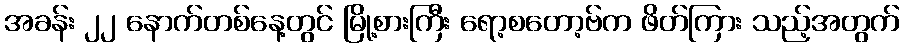
အခန်း ၂၂ နောက်တစ်နေ့တွင် မြို့စားကြီး ရော့စတော့ဗ်က ဖိတ်ကြား သည့်အတွက်